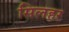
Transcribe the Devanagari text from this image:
सिलहर